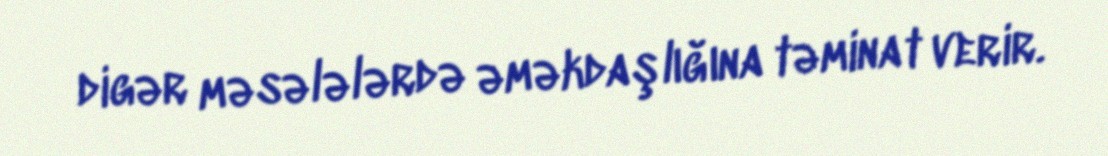
digər məsələlərdə əməkdaşlığına təminat verir.